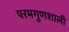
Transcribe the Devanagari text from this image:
परमगुणशाली